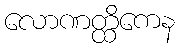
လောဏတ္ထိကေန